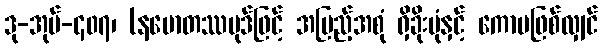
ဒု-အုပ်-၄၀၇၊ (နမောတဿပုဒ်ဖြင့် အပြည့်အစုံ ရှိခိုးပုံနှင့် ကောမဖြစ်လျှင်